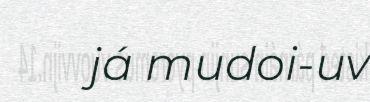
já mudoi-uv